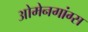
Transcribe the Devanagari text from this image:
ओमेनगांग्स